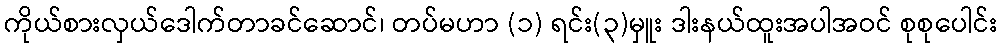
ကိုယ်စားလှယ်ဒေါက်တာခင်ဆောင်၊ တပ်မဟာ (၁) ရင်း(၃)မှူး ဒါးနယ်ထူးအပါအဝင် စုစုပေါင်း